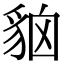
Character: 𧳄